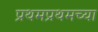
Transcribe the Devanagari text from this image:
प्रथमप्रथमच्या